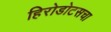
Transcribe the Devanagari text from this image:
हिरोडोटसचा